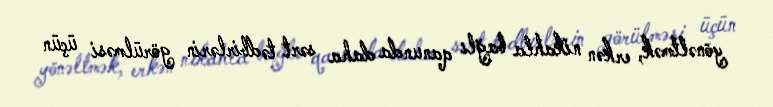
yönəltmək, erkən nikahla bağlı qanunda daha sərt tədbirlərin görülməsi üçün